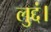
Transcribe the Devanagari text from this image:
लुद्दं।